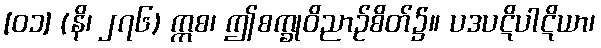
[၀၁] (နိ၊ ၂၇၆) ဣစ၊ ဤစက္ခုဝိညာဉ်စိတ်၌။ ပဒပဋိပါဋိယာ၊